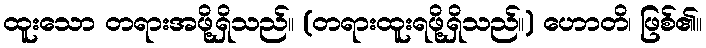
ထူးသော တရားအဖို့ရှိသည်။ (တရားထူးရဖို့ရှိသည်။) ဟောတိ၊ ဖြစ်၏။